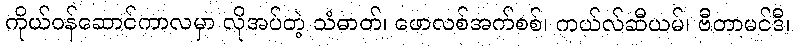
ကိုယ်ဝန်ဆောင်ကာလမှာ လိုအပ်တဲ့ သံဓာတ်၊ ဖောလစ်အက်စစ်၊ ကယ်လ်ဆီယမ်၊ ဗီတာမင်ဒီ၊